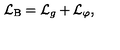
{ \cal L } _ { \mathrm { B } } = { \cal L } _ { g } + { \cal L } _ { \varphi } ,